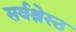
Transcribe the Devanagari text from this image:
सर्वश्रेस्ठ